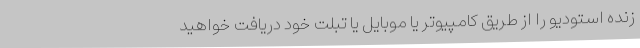
زنده استودیو را از طریق کامپیوتر یا موبایل یا تبلت خود دریافت خواهید